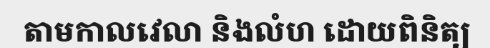
តាមកាលវេលា និងលំហ ដោយពិនិត្យ